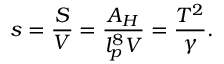
s = { \frac { S } { V } } = { \frac { A _ { H } } { l _ { p } ^ { 8 } V } } = { \frac { T ^ { 2 } } { \gamma } } .